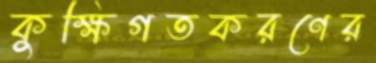
কুক্ষিগতকরণের